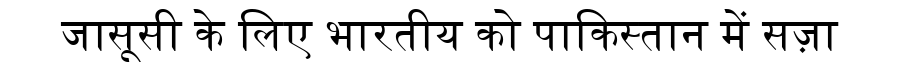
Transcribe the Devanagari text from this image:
जासूसी के लिए भारतीय को पाकिस्तान में सज़ा